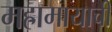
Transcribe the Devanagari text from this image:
महामायाची